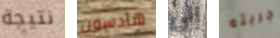
نتيجة هادسون إلى جربته